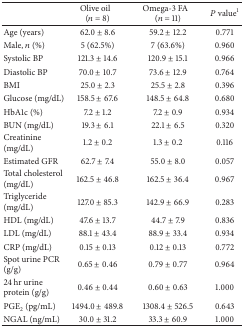
<table><thead><tr><td><b> </b></td><td><b>Olive oil (<i>n</i> = 8)</b></td><td><b>Omega-3 FA (<i>n</i> = 11)</b></td><td><b><i>P</i> value<sup>1</sup></b></td></tr></thead><tbody><tr><td>Age (years)</td><td>62.0 ± 8.6</td><td>59.2 ± 12.2</td><td>0.771</td></tr><tr><td>Male, <i>n</i> (%)</td><td>5 (62.5%)</td><td>7 (63.6%)</td><td>0.960</td></tr><tr><td>Systolic BP</td><td>121.3 ± 14.6</td><td>120.9 ± 15.1</td><td>0.966</td></tr><tr><td>Diastolic BP</td><td>70.0 ± 10.7</td><td>73.6 ± 12.9</td><td>0.764</td></tr><tr><td>BMI</td><td>25.0 ± 2.3</td><td>25.5 ± 2.8</td><td>0.396</td></tr><tr><td>Glucose (mg/dL)</td><td>158.5 ± 67.6</td><td>148.5 ± 64.8</td><td>0.680</td></tr><tr><td>HbA1c (%)</td><td>7.2 ± 1.2</td><td>7.2 ± 0.9</td><td>0.934</td></tr><tr><td>BUN (mg/dL)</td><td>19.3 ± 6.1</td><td>22.1 ± 6.5</td><td>0.320</td></tr><tr><td>Creatinine (mg/dL)</td><td>1.2 ± 0.2</td><td>1.3 ± 0.2</td><td>0.116</td></tr><tr><td>Estimated GFR </td><td>62.7 ± 7.4</td><td>55.0 ± 8.0</td><td>0.057</td></tr><tr><td>Total cholesterol (mg/dL)</td><td>162.5 ± 46.8</td><td>162.5 ± 36.4</td><td>0.967</td></tr><tr><td>Triglyceride (mg/dL)</td><td>127.0 ± 85.3</td><td>142.9 ± 66.9</td><td>0.283</td></tr><tr><td>HDL (mg/dL)</td><td>47.6 ± 13.7</td><td>44.7 ± 7.9</td><td>0.836</td></tr><tr><td>LDL (mg/dL)</td><td>88.1 ± 43.4</td><td>88.9 ± 33.4</td><td>0.934</td></tr><tr><td>CRP (mg/dL)</td><td>0.15 ± 0.13</td><td>0.12 ± 0.13</td><td>0.772</td></tr><tr><td>Spot urine PCR (g/g)</td><td>0.65 ± 0.46</td><td>0.79 ± 0.77</td><td>0.964</td></tr><tr><td>24 hr urine protein (g/g)</td><td>0.46 ± 0.44</td><td>0.60 ± 0.63</td><td>1.000</td></tr><tr><td>PGE<sub>2</sub> (pg/mL)</td><td>1494.0 ± 489.8</td><td>1308.4 ± 526.5</td><td>0.643</td></tr><tr><td>NGAL (ng/mL)</td><td>30.0 ± 31.2</td><td>33.3 ± 60.9</td><td>1.000</td></tr></tbody></table>